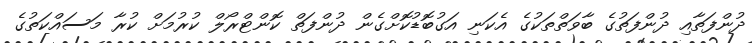
ދުންފަތާއި ދުންފަތުގެ ބާވަތްތަކުގެ އެކަނި އަގުބޮޑުކޮށްގެން ދުންފަތް ކޮންޓްރޯލް ކުރުމަށް ކުރާ މަސައްކަތުގެ